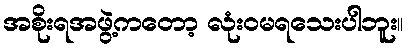
အစိုးရအဖွဲ့ကတော့ လုံးဝမရသေးပါဘူး။